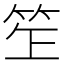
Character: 𥬚